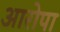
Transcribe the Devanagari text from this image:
आरोपा